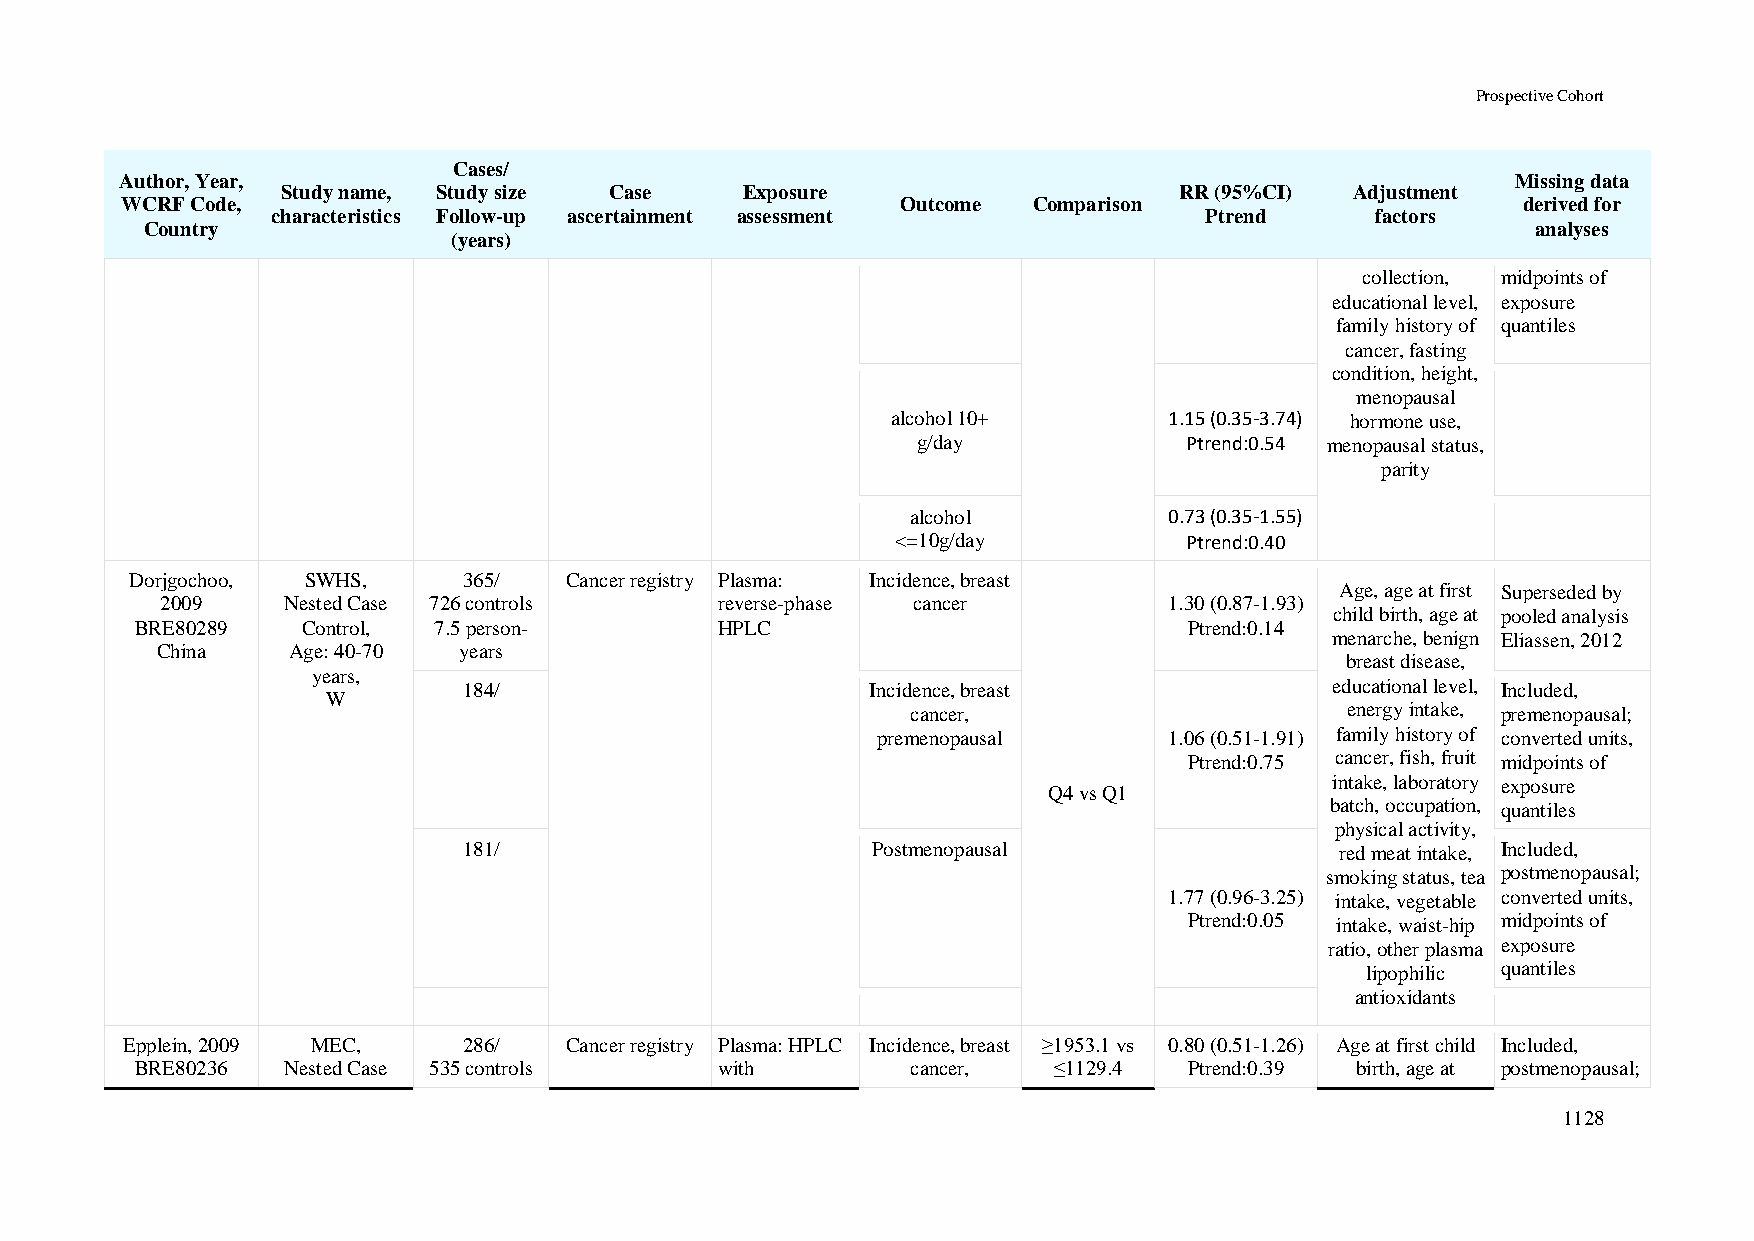
Prospective Cohort
 Cases/
 Author, Year,                                                                               Missing data
 Study name, Study size Case   Exposure                     RR (95%CI)  Adjustment
 WCRF Code,                                          Outcome Comparison                       derived for
 characteristics Follow-up ascertainment assessment            Ptrend     factors
 Country                                                                                     analyses
 (years)
 collection, midpoints of
 educational level, exposure
 family history of quantiles
 cancer, fasting
 condition, height,
 menopausal
 alcohol 10+       1.15 (0.35-3.74) hormone use,
 g/day             Ptrend:0.54 menopausal status,
 parity
 alcohol          0.73 (0.35-1.55)
 <=10g/day           Ptrend:0.40
 Dorjgochoo, SWHS,     365/  Cancer registry Plasma: Incidence, breast
 Age, age at first Superseded by
 2009    Nested Case 726 controls     reverse-phase cancer         1.30 (0.87-1.93)
 child birth, age at pooled analysis
 BRE80289   Control, 7.5 person-        HPLC                           Ptrend:0.14
 menarche, benign Eliassen, 2012
 China    Age: 40-70 years
 breast disease,
 years,
 184/                       Incidence, breast             educational level, Included,
 W
 cancer,                      energy intake, premenopausal;
 premenopausal      1.06 (0.51-1.91) family history of converted units,
 Ptrend:0.75 cancer, fish, fruit midpoints of
 intake, laboratory exposure
 Q4 vs Q1
 batch, occupation, quantiles
 physical activity,
 181/                       Postmenopausal                 red meat intake, Included,
 smoking status, tea postmenopausal;
 1.77 (0.96-3.25) intake, vegetable converted units,
 Ptrend:0.05 intake, waist-hip midpoints of
 ratio, other plasma exposure
 lipophilic quantiles
 antioxidants
 Epplein, 2009 MEC,     286/  Cancer registry Plasma: HPLC Incidence, breast ≥1953.1 vs 0.80 (0.51-1.26) Age at first child Included,
 BRE80236  Nested Case 535 controls     with        cancer,   ≤1129.4  Ptrend:0.39 birth, age at postmenopausal;
 1128